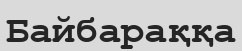
Байбараққа